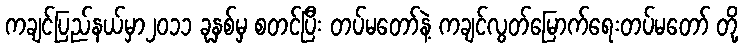
ကချင်ပြည်နယ်မှာ၂၀၁၁ ခုနှစ်မှ စတင်ပြီး တပ်မတော်နဲ့ ကချင်လွတ်မြောက်ရေးတပ်မတော် တို့